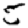
Digit: 5